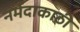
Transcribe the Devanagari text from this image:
नर्मदाकाठी